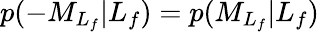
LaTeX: p(-{M}_{L_{f}}\vert L_{f})=p({M}_{L_{f}}\vert L_{f})